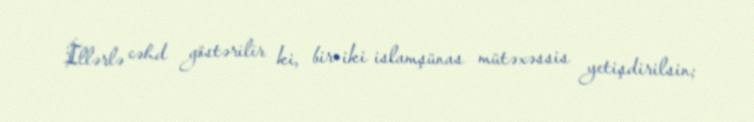
İllərlə cəhd göstərilir ki, bir-iki islamşünas mütəxəssis yetişdirilsin;